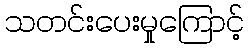
သတင်းပေးမှုကြောင့်